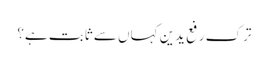
ترک رفع یدین کہاں سے ثابت ہے؟